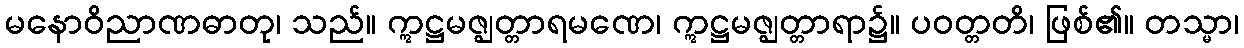
မနောဝိညာဏဓာတု၊ သည်။ ဣဋ္ဌမဇ္ဈတ္တာရမဏေ၊ ဣဋ္ဌမဇ္ဈတ္တာရာ၌။ ပဝတ္တတိ၊ ဖြစ်၏။ တသ္မာ၊